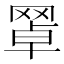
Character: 𦋚